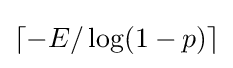
\lceil -E/\log(1-p)\rceil